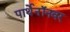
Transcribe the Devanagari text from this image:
पार्थेनॉनवर